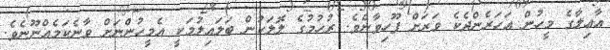
އާޢިލާގެ މީހުން އަހަރެންދެކެ ވަރަށް ފޫހިވާނެވެ. ރުހުމުގެ ލޮލަކުން ބަލައިލުމަކީ އެމީހުންނަށް ވާނެކަމެއްނޫނެވެ.